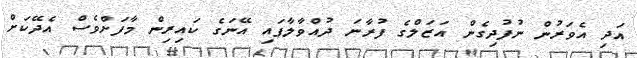
އަދި އެވަރުން ނުފުދިގެން އަޒަލްގެ ފުރާނަ ދުއްވާލާފައި އޭނަގެ ކައިރިން މާފަށްވެސް އެދޭކަށް